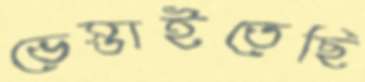
ভেস্তাইতেছি